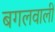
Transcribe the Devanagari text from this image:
बगलवाली